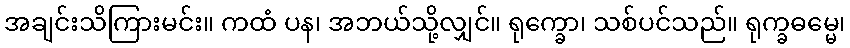
အချင်းသိကြားမင်း။ ကထံ ပန၊ အဘယ်သို့လျှင်။ ရုက္ခော၊ သစ်ပင်သည်။ ရုက္ခဓမ္မေ၊